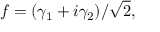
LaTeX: f = ( \gamma _ { 1 } + i \gamma _ { 2 } ) / { \sqrt { 2 } } ,